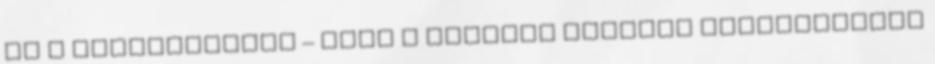
az ő dizájnjukkal – ezek a masinák egészen Ausztráliáig